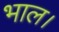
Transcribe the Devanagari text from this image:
भाल।